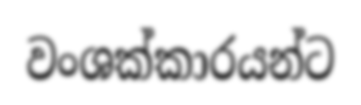
වංශක්කාරයන්ට